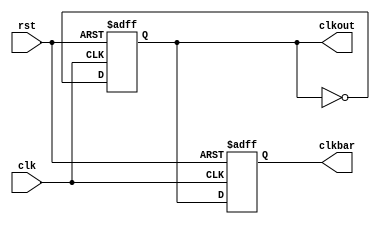

`timescale 1ns / 1ps
module frquency_divider_by2(
  input      rst,
  input      clk,
  output reg clkout,
  output reg clkbar
 
  ) ;
  wire clkin;

initial begin
 clkout = 0;
 end
 always @(posedge clk or negedge rst) begin
 if (!rst) begin
 clkout <= 0;
 clkbar<=1;
 end else begin
 clkout <= ~clkout;
 clkbar<=clkout;
 end
 end

endmodule


module devider_8(input wire reset, input wire clkin,output wire outa,output wire outb,output wire outc,output wire outd,output wire oute,output wire outf,output wire outg,output wire outh);


frquency_divider_by2 f1(reset,clkin,q,qbar);
frquency_divider_by2 f2(reset,q,out1,out2);
frquency_divider_by2 f3(reset,qbar,out3,out4);
frquency_divider_by2 f4(reset,out1,outa,outb);
frquency_divider_by2 f5(reset,out2,outc,outd);
frquency_divider_by2 f6(reset,out3,oute,outf);
frquency_divider_by2 f7(reset,out4,outg,outh);


endmodule